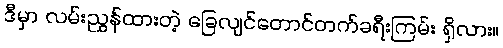
ဒီမှာ လမ်းညွှန်ထားတဲ့ ခြေလျင်တောင်တက်ခရီးကြမ်း ရှိလား။